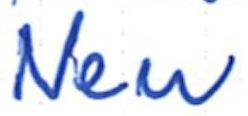
Text: New
Cross-out: clean
Writing tool: ballpoint